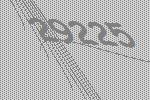
29225